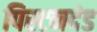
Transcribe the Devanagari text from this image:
पिस्टनदंड